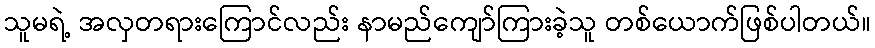
သူမရဲ့ အလှတရားကြောင်လည်း နာမည်ကျော်ကြားခဲ့သူ တစ်ယောက်ဖြစ်ပါတယ်။